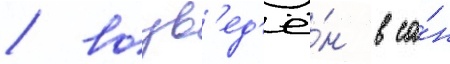
/ возв'ед'ё́н в са́н